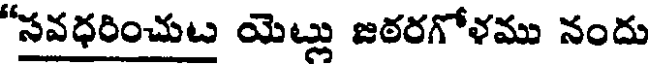
"సవధరించుట యెట్లు జఠరగోళము నందు